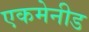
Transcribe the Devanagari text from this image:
एकमेनीड